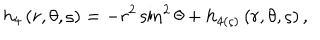
h _ { 4 } \left( r , \theta , \varsigma \right) = - r ^ { 2 } \sin ^ { 2 } \theta + h _ { 4 ( \varsigma ) } \left( r , \theta , \varsigma \right) ,